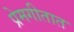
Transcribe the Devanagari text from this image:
प्रेमगीतात